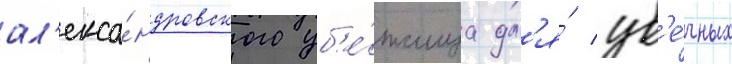
ал'екса́ндровского уб'е́жища дл'я́ ув'е́чных